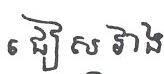
ជៀស វាង